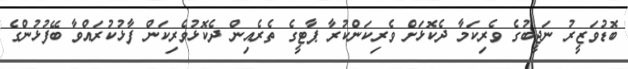
ބޮޑުވަޒީރު ނަޖީބުގެ ވެރިކަމާ ދެކޮޅަށް ވެރިކަންކުރާ ޕާޓީގެ ތެރެއިން ދެކޮޅުވެރިކަން ފާޅުކުރައްވާ ބޭފުޅުންގެ